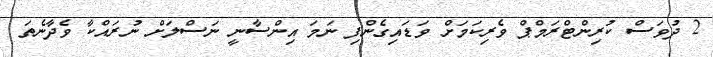
2 ދުވަސް ކުރިންޓްރަމްޕް ވެރިކަމަށް ވަޑައިގެންފި ނަމަ އިންސާނީ ނަސްލަށް ނުރައްކާ ވެދާނެތަ